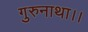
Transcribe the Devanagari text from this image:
गुरुनाथा।।